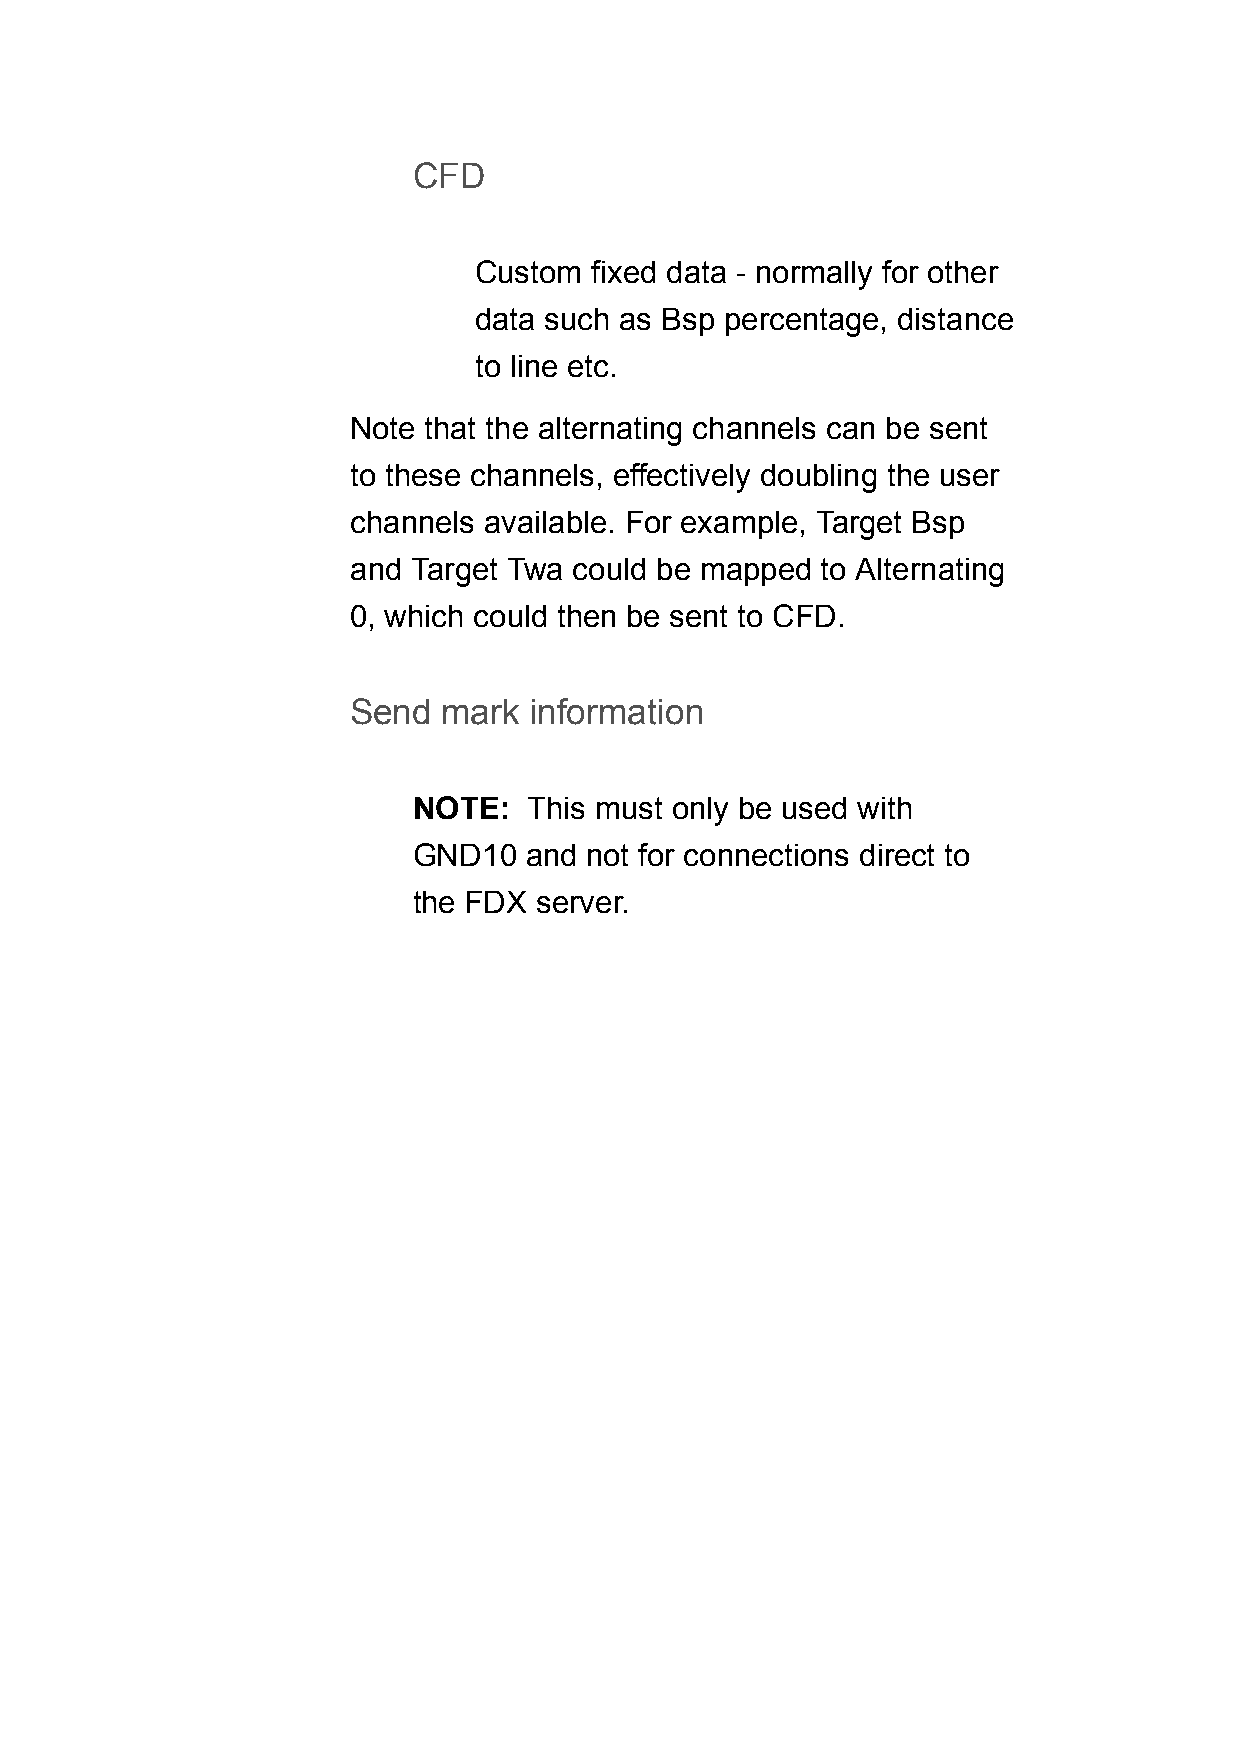
CFD
 Custom  fixed data - normally for other
 data such as Bsp percentage, distance
 to line etc.
 Note that the alternating channels can be sent
 to these channels, effectively doubling the user
 channels available. For example, Target Bsp
 and Target Twa could be mapped to Alternating
 0, which could then be sent to CFD.
 Send  mark  information
 NOTE:   This must only be used with
 GND10   and not for connections direct to
 the FDX server.